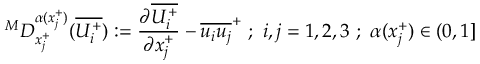
^ M D _ { x _ { j } ^ { + } } ^ { \alpha ( x _ { j } ^ { + } ) } ( \overline { { U _ { i } ^ { + } } } ) : = \frac { \partial \overline { { U _ { i } ^ { + } } } } { \partial x _ { j } ^ { + } } - \overline { { u _ { i } u _ { j } } } ^ { + } ~ ; ~ i , j = 1 , 2 , 3 ~ ; ~ \alpha ( x _ { j } ^ { + } ) \in ( 0 , 1 ]